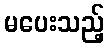
မပေးသည့်